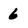
Character: 6